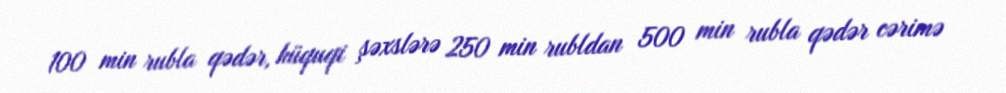
100 min rubla qədər, hüquqi şəxslərə 250 min rubldan 500 min rubla qədər cərimə